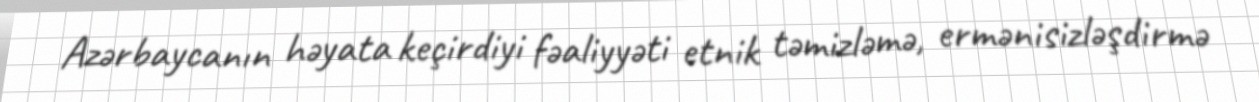
Azərbaycanın həyata keçirdiyi fəaliyyəti etnik təmizləmə, ermənisizləşdirmə